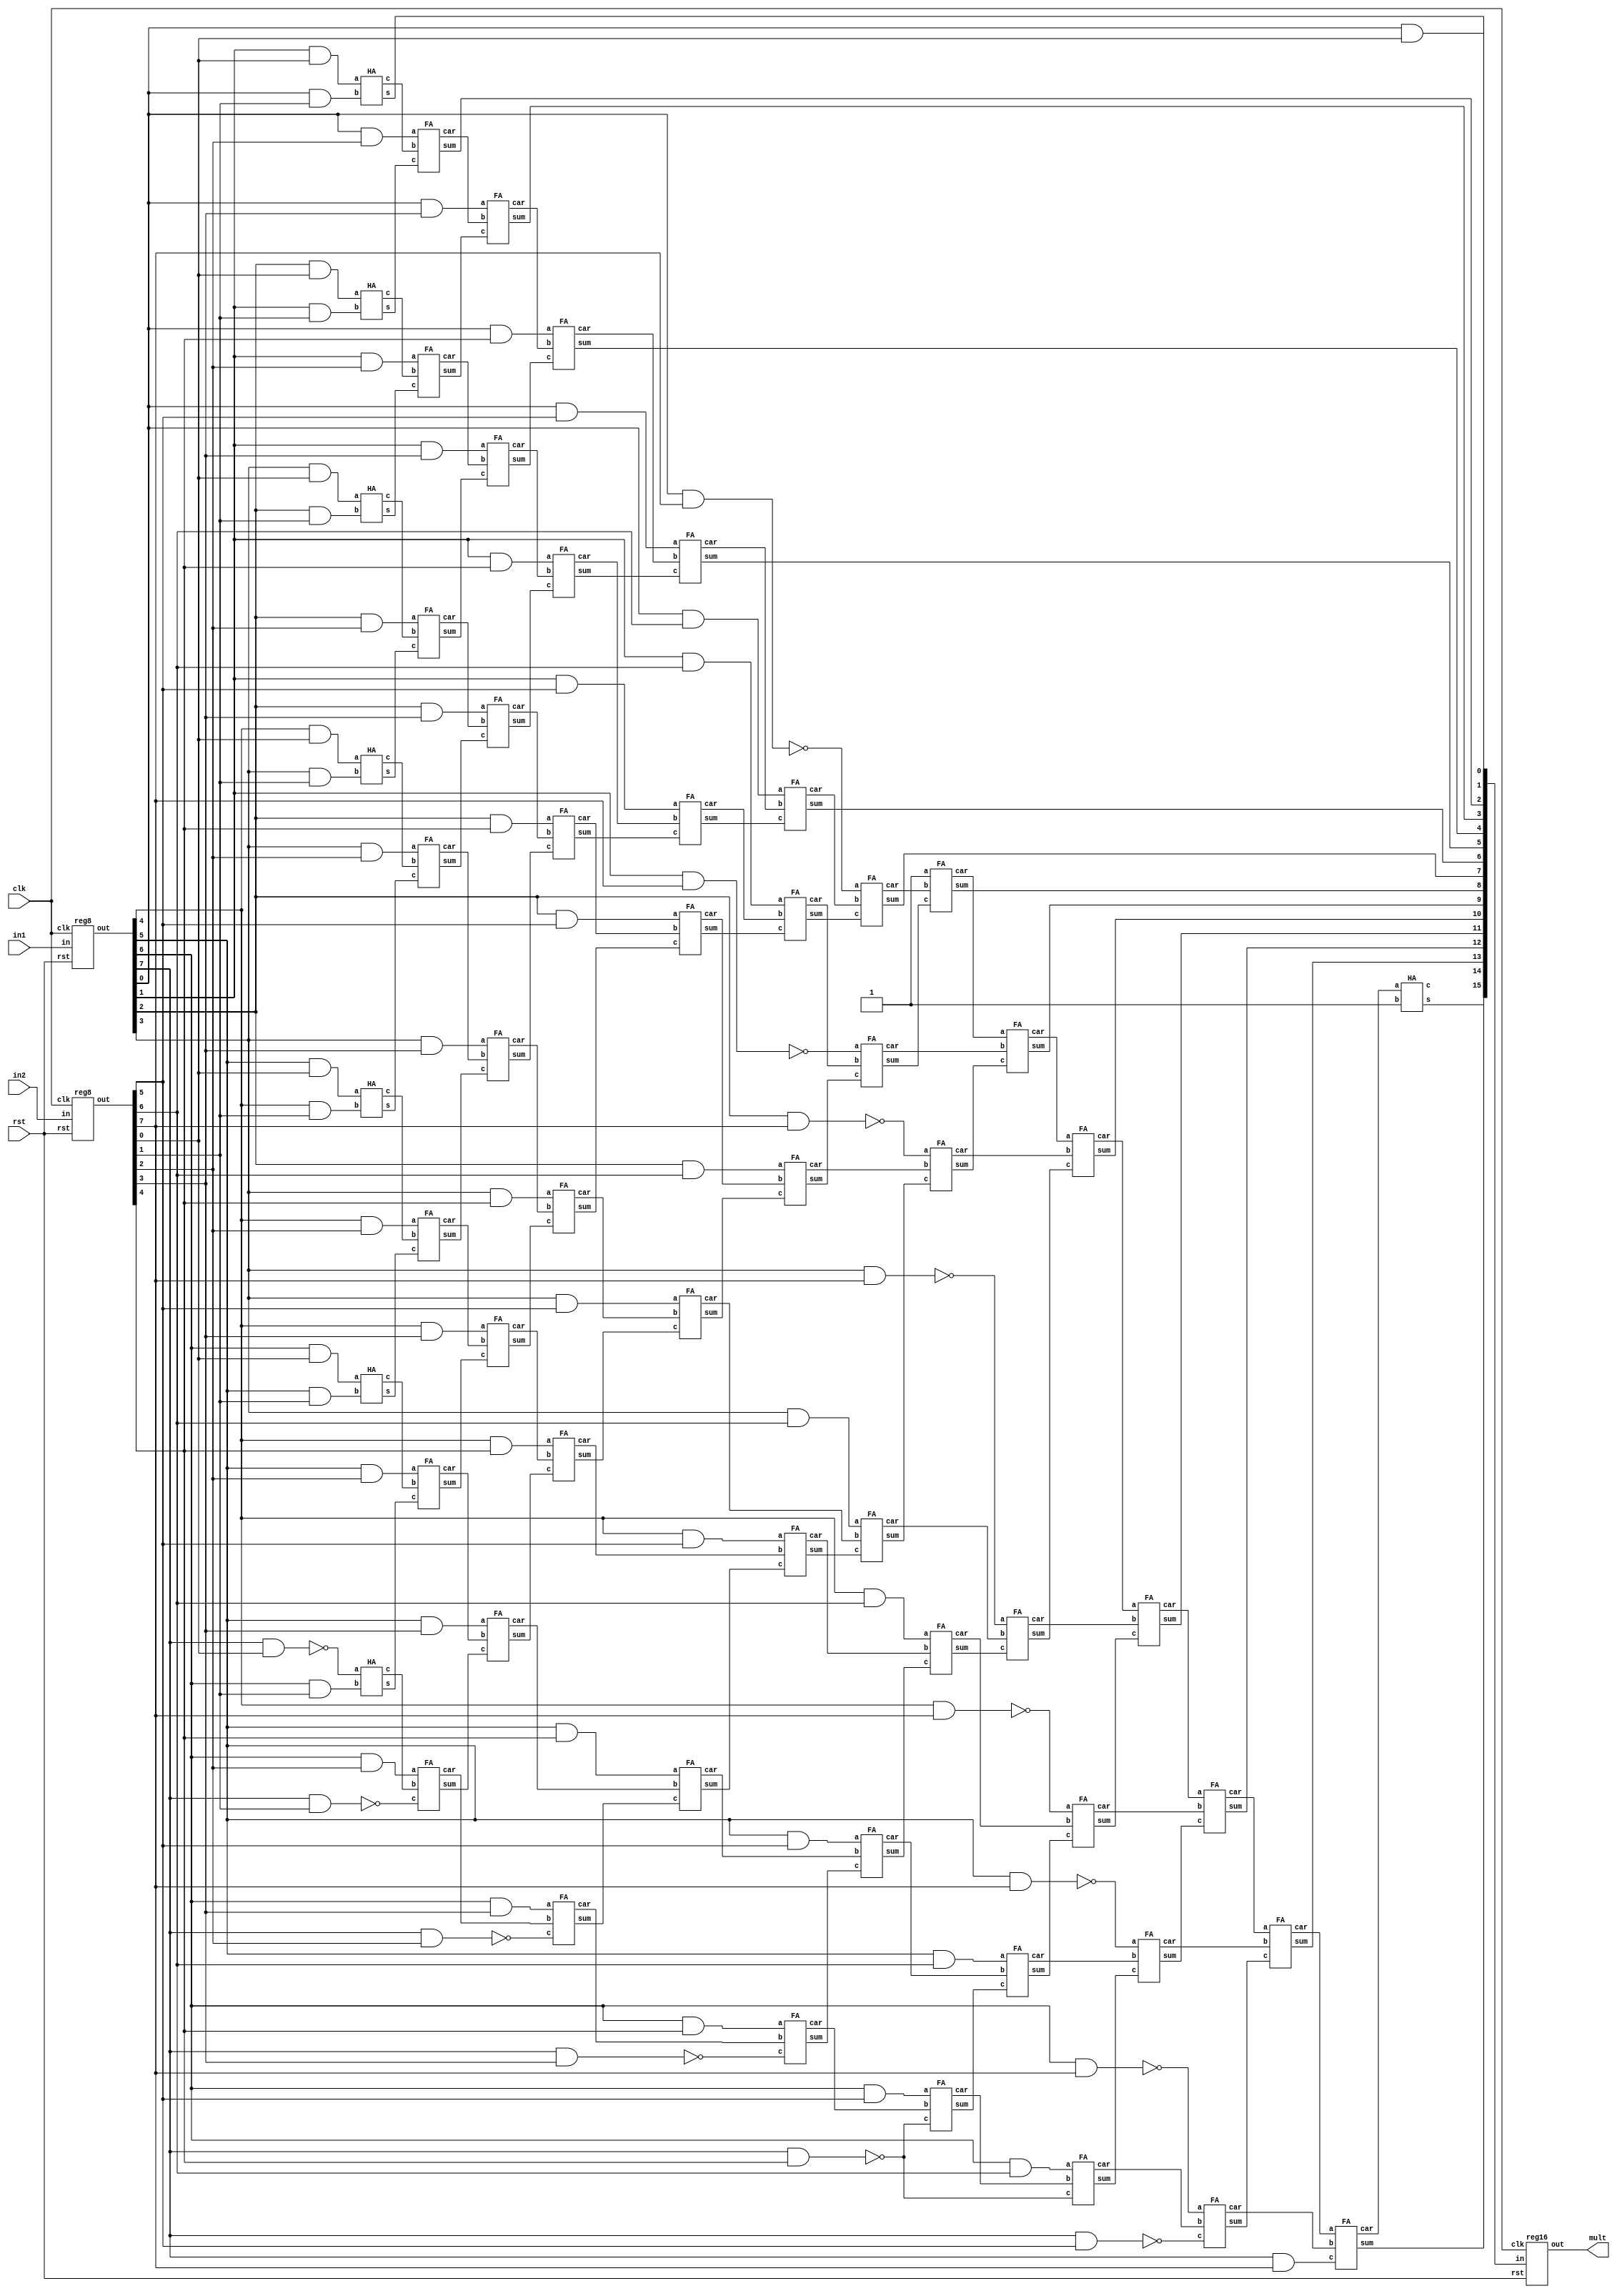
`timescale 1ns / 1ps
module main_code(mult,in1,in2,clk,rst);

input clk, rst;
input [7:0] in1,in2;
output [15:0] mult;

wire [7:0] x,y; //inputs after register
wire [15:0] prod; //output before register
wire [7:0] w1,w2,w3,w4,w5,w6,w7,w8; //for AND or NAND gates
wire [7:0] h; // for outputs of HA
wire [7:0] f1,f2,f3,f4,f5,f6; //for outputs of FA
wire [7:0] c1; //carrys of HA
wire [7:0] fc1,fc2,fc3,fc4,fc5,fc6,ff; //carrys of FA

reg8 r1(x,in1,clk,rst); //register operations for i/p
reg8 r2(y,in2,clk,rst);

assign prod[0] = x[0] & y[0];
assign w1[0] = x[1] & y[0]; //row 1
assign w1[1] = x[2] & y[0];
assign w1[2] = x[3] & y[0];
assign w1[3] = x[4] & y[0];
assign w1[4] = x[5] & y[0];
assign w1[5] = x[6] & y[0];
assign w1[6] = ~(x[7] & y[0]);

assign w2[0] = x[0] & y[1]; //row 2
assign w2[1] = x[1] & y[1];
assign w2[2] = x[2] & y[1];
assign w2[3] = x[3] & y[1];
assign w2[4] = x[4] & y[1];
assign w2[5] = x[5] & y[1];
assign w2[6] = x[6] & y[1];
assign w2[7] = ~(x[7] & y[1]);

HA a1(prod[1],c1[0],w1[0],w2[0]); //row 3
HA a2(h[0],c1[1],w1[1],w2[1]);
HA a3(h[1],c1[2],w1[2],w2[2]);
HA a4(h[2],c1[3],w1[3],w2[3]);
HA a5(h[3],c1[4],w1[4],w2[4]);
HA a6(h[4],c1[5],w1[5],w2[5]);
HA a7(h[5],c1[6],w1[6],w2[6]);

assign w3[0] = x[0] & y[2]; //row 4
assign w3[1] = x[1] & y[2];
assign w3[2] = x[2] & y[2];
assign w3[3] = x[3] & y[2];
assign w3[4] = x[4] & y[2];
assign w3[5] = x[5] & y[2];
assign w3[6] = x[6] & y[2];
assign w3[7] = ~(x[7] & y[2]);

FA b1(prod[2],fc1[0],w3[0],c1[0],h[0]);
FA b2(f1[1],fc1[1],w3[1],c1[1],h[1]); //row5
FA b3(f1[2],fc1[2],w3[2],c1[2],h[2]);
FA b4(f1[3],fc1[3],w3[3],c1[3],h[3]);
FA b5(f1[4],fc1[4],w3[4],c1[4],h[4]);
FA b6(f1[5],fc1[5],w3[5],c1[5],h[5]);
FA b7(f1[6],fc1[6],w3[6],c1[6],w2[7]);

assign w4[0] = x[0] & y[3]; //row6
assign w4[1] = x[1] & y[3];
assign w4[2] = x[2] & y[3];
assign w4[3] = x[3] & y[3];
assign w4[4] = x[4] & y[3];
assign w4[5] = x[5] & y[3];
assign w4[6] = x[6] & y[3];
assign w4[7] = ~(x[7] & y[3]);

FA ac1(prod[3],fc2[0],w4[0],fc1[0],f1[1]);
FA ac2(f2[1],fc2[1],w4[1],fc1[1],f1[2]); //row7
FA ac3(f2[2],fc2[2],w4[2],fc1[2],f1[3]);
FA ac4(f2[3],fc2[3],w4[3],fc1[3],f1[4]);
FA ac5(f2[4],fc2[4],w4[4],fc1[4],f1[5]);
FA ac6(f2[5],fc2[5],w4[5],fc1[5],f1[6]);
FA ac7(f2[6],fc2[6],w4[6],fc1[6],w3[7]);

assign w5[0] = x[0] & y[4]; //row8
assign w5[1] = x[1] & y[4];
assign w5[2] = x[2] & y[4];
assign w5[3] = x[3] & y[4];
assign w5[4] = x[4] & y[4];
assign w5[5] = x[5] & y[4];
assign w5[6] = x[6] & y[4];
assign w5[7] = ~(x[7] & y[4]);

FA d1(prod[4],fc3[0],w5[0],fc2[0],f2[1]);
FA d2(f3[1],fc3[1],w5[1],fc2[1],f2[2]); //row9
FA d3(f3[2],fc3[2],w5[2],fc2[2],f2[3]);
FA d4(f3[3],fc3[3],w5[3],fc2[3],f2[4]);
FA d5(f3[4],fc3[4],w5[4],fc2[4],f2[5]);
FA d6(f3[5],fc3[5],w5[5],fc2[5],f2[6]);
FA d7(f3[6],fc3[6],w5[6],fc2[6],w4[7]);

assign w6[0] = x[0] & y[5]; //row10
assign w6[1] = x[1] & y[5];
assign w6[2] = x[2] & y[5];
assign w6[3] = x[3] & y[5];
assign w6[4] = x[4] & y[5];
assign w6[5] = x[5] & y[5];
assign w6[6] = x[6] & y[5];
assign w6[7] = ~(x[7] & y[5]);

FA e1(prod[5],fc4[0],w6[0],fc3[0],f3[1]);
FA e2(f4[1],fc4[1],w6[1],fc3[1],f3[2]); //row11
FA e3(f4[2],fc4[2],w6[2],fc3[2],f3[3]);
FA e4(f4[3],fc4[3],w6[3],fc3[3],f3[4]);
FA e5(f4[4],fc4[4],w6[4],fc3[4],f3[5]);
FA e6(f4[5],fc4[5],w6[5],fc3[5],f3[6]);
FA e7(f4[6],fc4[6],w6[6],fc3[6],w5[7]);

assign w7[0] = x[0] & y[6]; //row12
assign w7[1] = x[1] & y[6];
assign w7[2] = x[2] & y[6];
assign w7[3] = x[3] & y[6];
assign w7[4] = x[4] & y[6];
assign w7[5] = x[5] & y[6];
assign w7[6] = x[6] & y[6];
assign w7[7] = ~(x[7] & y[6]);

FA cc1(prod[6],fc5[0],w7[0],fc4[0],f4[1]);
FA cc2(f5[1],fc5[1],w7[1],fc4[1],f4[2]); //row13
FA cc3(f5[2],fc5[2],w7[2],fc4[2],f4[3]);
FA cc4(f5[3],fc5[3],w7[3],fc4[3],f4[4]);
FA cc5(f5[4],fc5[4],w7[4],fc4[4],f4[5]);
FA cc6(f5[5],fc5[5],w7[5],fc4[5],f4[6]);
FA cc7(f5[6],fc5[6],w7[6],fc4[6],w5[7]);

assign w8[0] = ~(x[0] & y[7]); //row14
assign w8[1] = ~(x[1] & y[7]);
assign w8[2] = ~(x[2] & y[7]);
assign w8[3] = ~(x[3] & y[7]);
assign w8[4] = ~(x[4] & y[7]);
assign w8[5] = ~(x[5] & y[7]);
assign w8[6] = ~(x[6] & y[7]);
assign w8[7] = x[7] & y[7];

FA g1(prod[7],fc6[0],w8[0],fc5[0],f5[1]);
FA g2(f6[1],fc6[1],w8[1],fc5[1],f5[2]); //row15
FA g3(f6[2],fc6[2],w8[2],fc5[2],f5[3]);
FA g4(f6[3],fc6[3],w8[3],fc5[3],f5[4]);
FA g5(f6[4],fc6[4],w8[4],fc5[4],f5[5]);
FA g6(f6[5],fc6[5],w8[5],fc5[5],f5[6]);
FA g7(f6[6],fc6[6],w8[6],fc5[6],w6[7]);


FA aa1(prod[8], ff[0], 1'b1, fc6[0], f6[1]); //row16
FA aa2(prod[9], ff[1], ff[0], fc6[1], f6[2]);
FA aa3(prod[10], ff[2], ff[1], fc6[2], f6[3]);
FA aa4(prod[11], ff[3], ff[2], fc6[3], f6[4]);
FA aa5(prod[12], ff[4], ff[3], fc6[4], f6[5]);
FA aa6(prod[13], ff[5], ff[4], fc6[5], f6[6]);
FA aa7(prod[14], ff[6], ff[5], fc6[6], w8[7]);
HA aa8(prod[15], ff[7], ff[6], 1'b1);

reg16 r3(mult,prod,clk,rst); //register operations for o/p

endmodule


module d_ff(q,d,clk,rst);

input d,clk,rst;
output reg q;

always @(posedge clk)
begin
 if(rst==1'b1)
  q <= 1'b0;
 else
  q <= d;
end

endmodule


module HA(s,c,a,b);

input a,b;
output s,c;

assign s = a^b;
assign c = a&b;

endmodule



module FA(sum,car,a,b,c);

input a,b,c;
output sum,car;

assign sum = (a^b^c);
assign car = ((a&b)|(b&c)|(c&a));

endmodule


module reg8(out,in,clk,rst);

input [7:0] in;
input clk, rst;
output [7:0] out;

d_ff a0(out[0],in[0],clk,rst);
d_ff a1(out[1],in[1],clk,rst);
d_ff a2(out[2],in[2],clk,rst);
d_ff a3(out[3],in[3],clk,rst);
d_ff a4(out[4],in[4],clk,rst);
d_ff a5(out[5],in[5],clk,rst);
d_ff a6(out[6],in[6],clk,rst);
d_ff a7(out[7],in[7],clk,rst);

//module d_ff(q,d,clk,rst);

endmodule


module reg16(out,in,clk,rst);

input [15:0] in;
input clk, rst;
output [15:0] out;

d_ff a0(out[0],in[0],clk,rst);
d_ff a1(out[1],in[1],clk,rst);
d_ff a2(out[2],in[2],clk,rst);
d_ff a3(out[3],in[3],clk,rst);
d_ff a4(out[4],in[4],clk,rst);
d_ff a5(out[5],in[5],clk,rst);
d_ff a6(out[6],in[6],clk,rst);
d_ff a7(out[7],in[7],clk,rst);
d_ff a8(out[8],in[8],clk,rst);
d_ff a9(out[9],in[9],clk,rst);
d_ff a10(out[10],in[10],clk,rst);
d_ff a11(out[11],in[11],clk,rst);
d_ff a12(out[12],in[12],clk,rst);
d_ff a13(out[13],in[13],clk,rst);
d_ff a14(out[14],in[14],clk,rst);
d_ff a15(out[15],in[15],clk,rst);

//module d_ff(q,d,clk,rst);

endmodule